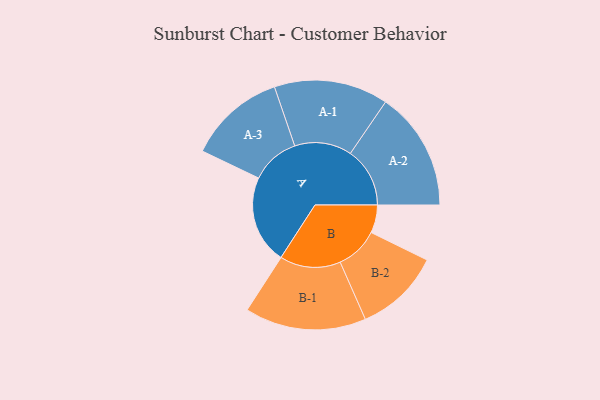
{"axis": {"x": "Segment", "y": "Value"}, "legend": ["", "A", "B"], "data": [{"x": "A", "y": 367, "type": ""}, {"x": "B", "y": 116, "type": ""}, {"x": "A-1", "y": 237, "type": "A"}, {"x": "A-2", "y": 247, "type": "A"}, {"x": "A-3", "y": 202, "type": "A"}, {"x": "B-1", "y": 252, "type": "B"}, {"x": "B-2", "y": 178, "type": "B"}]}